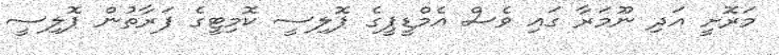
މަރޮށީ އަދި ނޫމަރާ ގައި ވެސް އެމްޑީޕީގެ ޕޮލިސީ ކޮމިޓީގެ ފަރާތުން ޕޮލިސީ